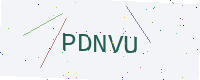
Text: PDNVU